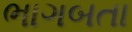
ભાગબતા